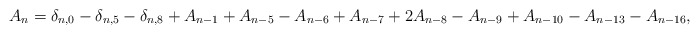
\begin{align*}A_n=\delta_{n,0}-\delta_{n,5}-\delta_{n,8}+A_{n-1}+A_{n-5}-A_{n-6}+A_{n-7}+2A_{n-8}-A_{n-9}+A_{n-10}-A_{n-13}-A_{n-16},\end{align*}